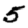
Digit: 5